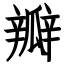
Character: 瓣